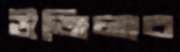
উজিলাব